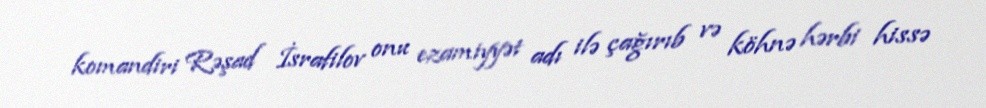
komandiri Rəşad İsrafilov onu ezamiyyət adı ilə çağırıb və köhnə hərbi hissə